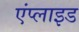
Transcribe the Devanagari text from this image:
एंप्‍लाइड